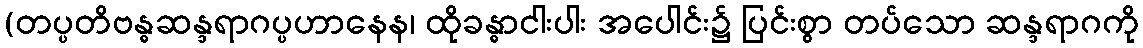
(တပ္ပတိဗန္ဓဆန္ဒရာဂပ္ပဟာနေန၊ ထိုခန္ဓာငါးပါး အပေါင်း၌ ပြင်းစွာ တပ်သော ဆန္ဒရာဂကို